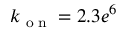
k _ { \textrm { o n } } = 2 . 3 e ^ { 6 }